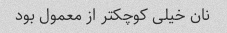
نان خیلی کوچکتر از معمول بود